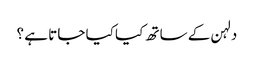
دلہن کے ساتھ کیا کیا جاتا ہے ؟